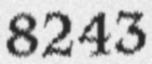
8243